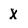
Character: x